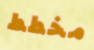
مخطط